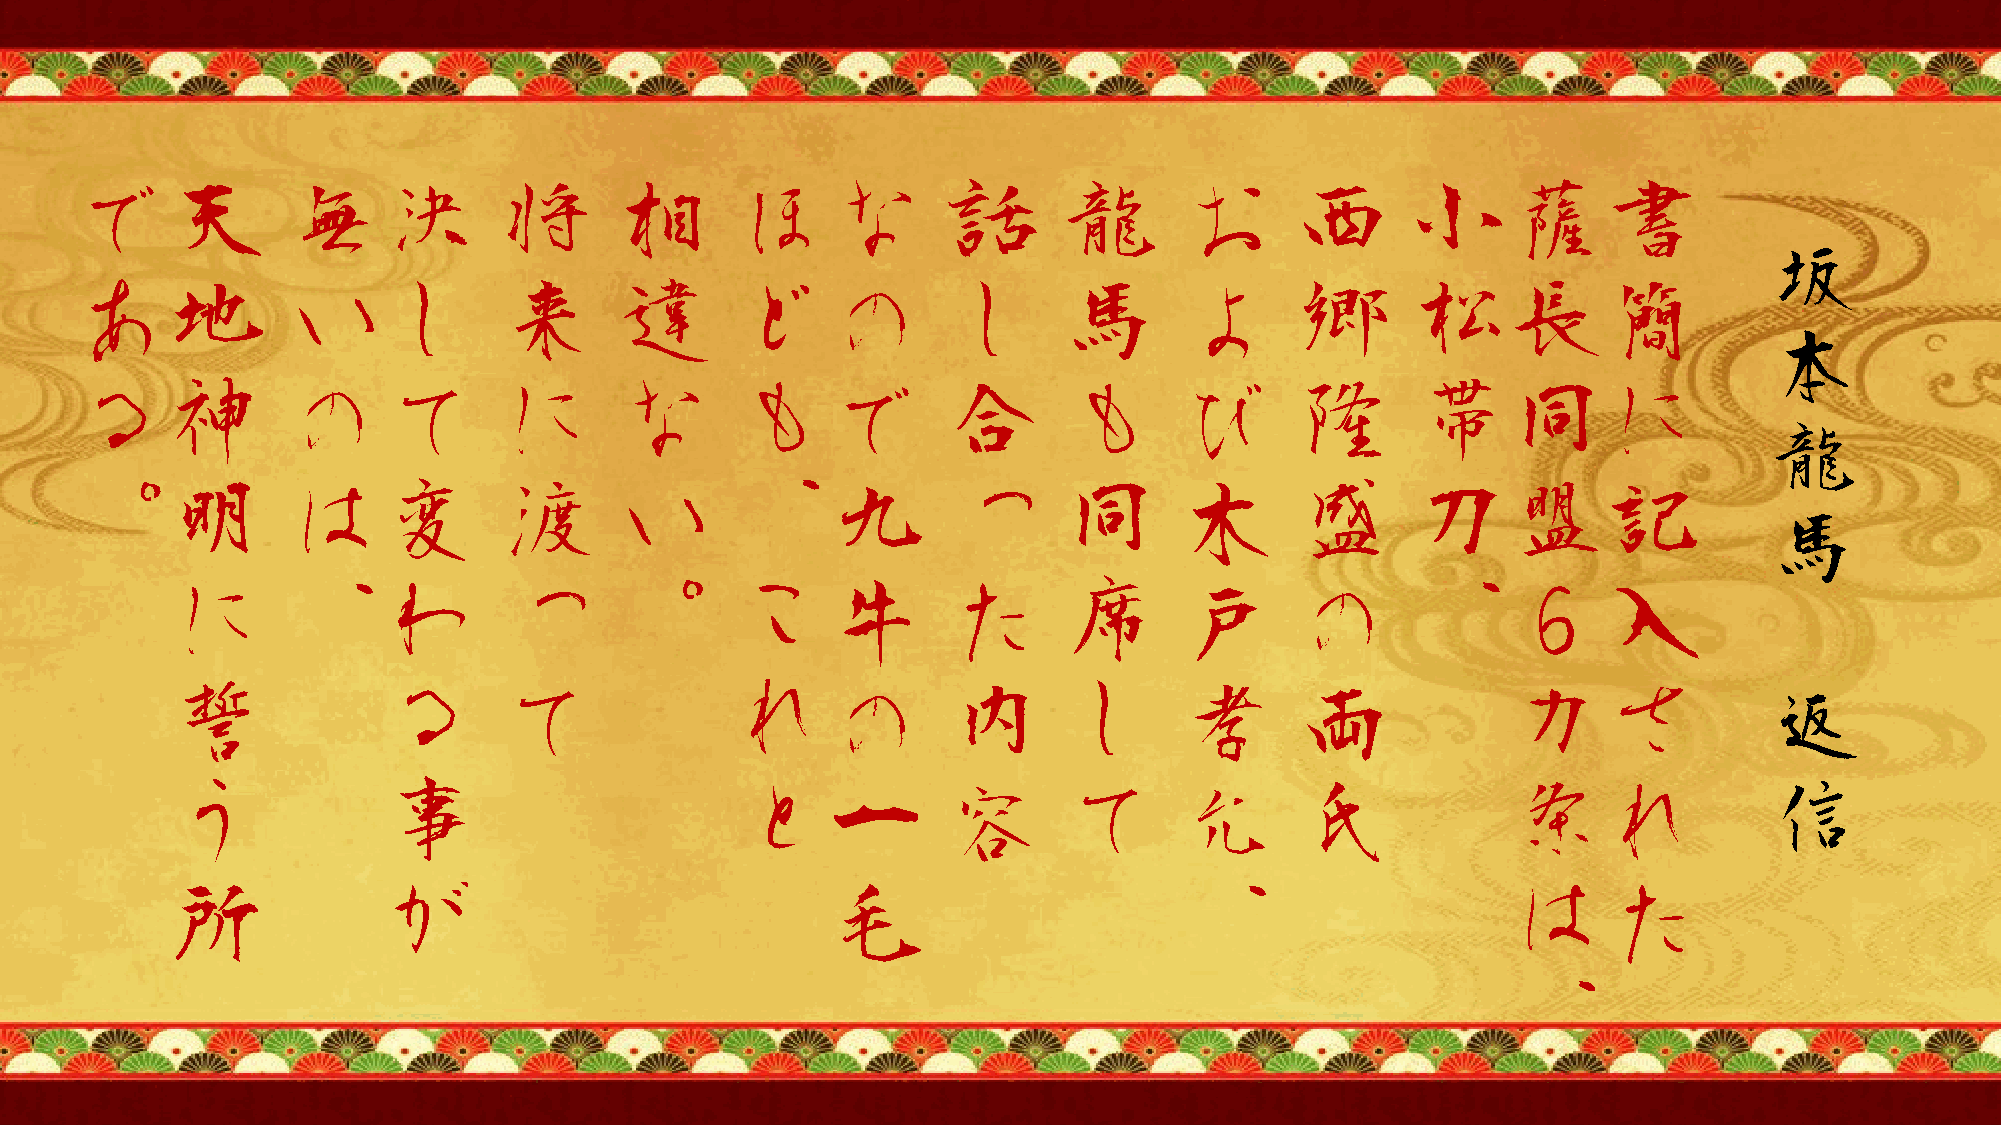
で天            無決            将       相      ほな            話       龍       お       西      小薩書
 坂
 あ地            いし            来       違      どの            し       馬       よ       郷      松長簡
 本
 る神            のて            に       な      もで            合       も       び       隆      帯同に
 龍
 。明            は変            渡       い      、九            っ       同       木       盛      刀盟記
 馬
 に       、わ            っ       。      こ      牛      た       席       戸       の      、６入
 誓             る       て              れの            内       し       孝       両             カさ
 返
 う             事                      と一            容       て       允       氏             条れ               信
 所             が                             毛                      、                     は     た
 、